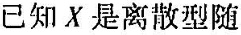
已知X是离散型随